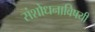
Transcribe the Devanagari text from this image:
संशोधनाविषयी